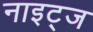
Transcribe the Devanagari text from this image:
नाइट्ज